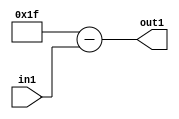
`timescale 1ps / 1ps
/*****************************************************************************
    Verilog RTL Description
    
    
    Created by: CellMath Designer 2019.1.01 
*******************************************************************************/

module float2fix_Subu5i31_1 (
	in1,
	out1
	); /* architecture "behavioural" */ 
input [4:0] in1;
output [4:0] out1;
wire [4:0] asc001;

assign asc001 = 
	+(5'B11111)
	-(in1);

assign out1 = asc001;
endmodule

/* CADENCE  urb5Qg4= : u9/ySgnWtBlWxVPRXgAZ4Og= ** DO NOT EDIT THIS LINE ******/